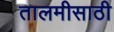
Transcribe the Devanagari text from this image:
तालमीसाठी